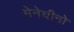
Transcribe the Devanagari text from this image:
मेनेघीनो